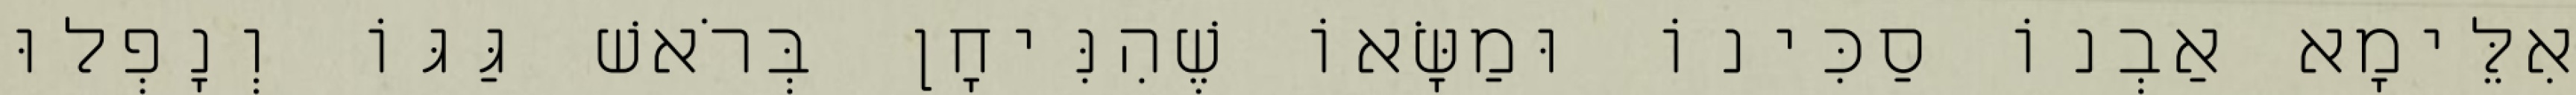
אִלֵּימָא אַבְנוֹ סַכִּינוֹ וּמַשָּׂאוֹ שֶׁהִנִּיחָן בְּרֹאשׁ גַּגּוֹ וְנָפְלוּ